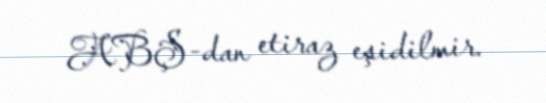
ABŞ-dan etiraz eşidilmir.